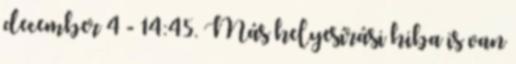
december 4 - 14:45. Más helyesí­rási hiba is van